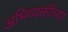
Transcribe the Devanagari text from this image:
अभिव्यक्तींच्या